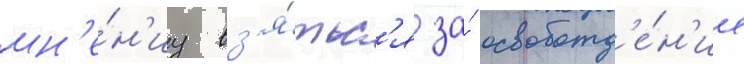
мн'е́н'иу вз'я́тьс'я за́ освобожд'е́н'ие